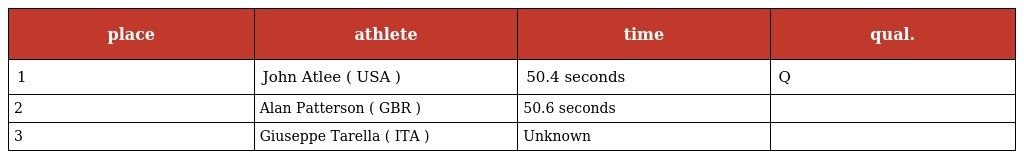
| place | athlete | time | qual. |
 | --- | --- | --- | --- |
 | 1 | John Atlee ( USA ) | 50.4 seconds | Q |
 | 2 | Alan Patterson ( GBR ) | 50.6 seconds |  |
 | 3 | Giuseppe Tarella ( ITA ) | Unknown |  |